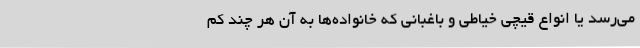
می‌رسد یا انواع قیچی خیاطی و باغبانی که خانواده‌ها به آن هر چند کم